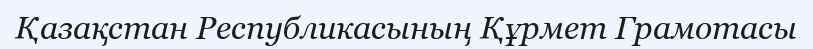
Қазақстан Республикасының Құрмет Грамотасы